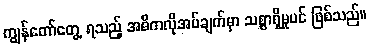
ကျွန်တော်တွေ့ ရသည့် အဓိကလိုအပ်ချက်မှာ သစ္စာရှိမှုပင် ဖြစ်သည်။